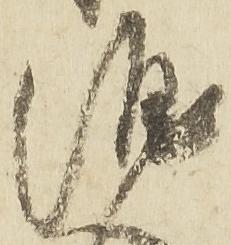
涯